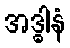
အဒ္ဓါနံ